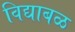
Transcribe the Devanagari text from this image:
विद्याबळ